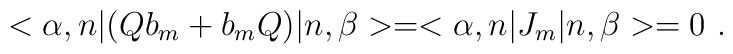
< \alpha , n  | (Q b_{m} + b_{m} Q)  | n, \beta > = <\alpha , n | J_{m}  | n ,\beta > = 0~.